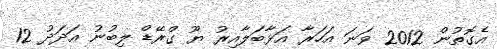
އެގޮތުން 2012 ވަނަ އަހަރާ އަޅާބަލާއިރު ޔޫ ގްރޭޑް ލިބުނު އަދަދު 12